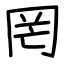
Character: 罔